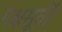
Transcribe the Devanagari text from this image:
यक्षमूर्ती